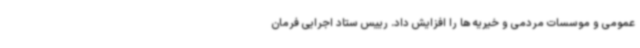
عمومی و موسسات مردمی و خیریه ها را افزایش داد. رییس ستاد اجرایی فرمان